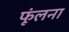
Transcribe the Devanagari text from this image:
फूंलना